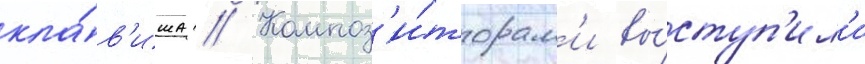
кла́в'иша // Композ'и́торам'и вы́ступ'ил'и